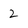
Character: 2